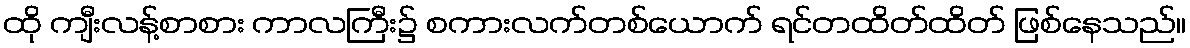
ထို ကျီးလန့်စာစား ကာလကြီး၌ စကားလက်တစ်ယောက် ရင်တထိတ်ထိတ် ဖြစ်နေသည်။